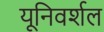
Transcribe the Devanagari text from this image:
यूनिवर्शल